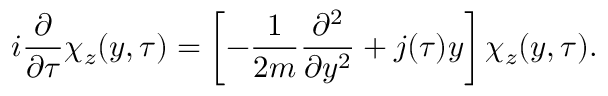
i \frac { \partial } { \partial \tau } \chi _ { z } ( y , \tau ) = \left[ - \frac { 1 } { 2 m } \frac { \partial ^ { 2 } } { \partial y ^ { 2 } } + j ( \tau ) y \right] \chi _ { z } ( y , \tau ) .